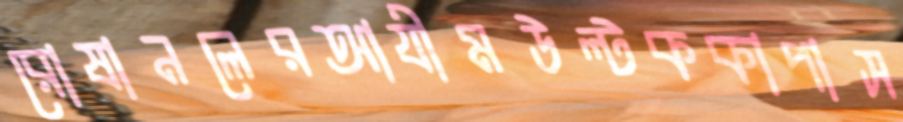
রোষানলেরআযীমউল্‌টককাপাস